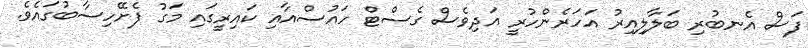
ފަސް އެނބުރި ބަލާލިއިރު އަހަރެންހުރީ އަދިވެސް ގެސްޓް ހައުސްއާއި ކައިރީގައި މަގު ފެށޭހިސާބުގައެވެ.